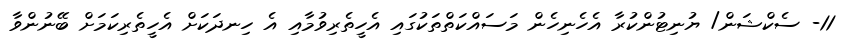
11- ސެކްޝަން/ ޔުނިޓުންކުރާ އެހެނިހެން މަސައްކަތްތަކުގައި އެހީތެރިވުމާއި އެ ހިނދަކަށް އެހީތެރިކަމަށް ބޭނުންވާ